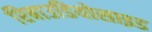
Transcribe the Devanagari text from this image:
रिबाउडियोसाइड